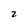
Character: 2